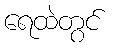
ရေထဲတွင်